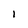
Character: l